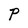
Character: P